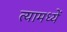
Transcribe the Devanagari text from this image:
त्यामध्यें